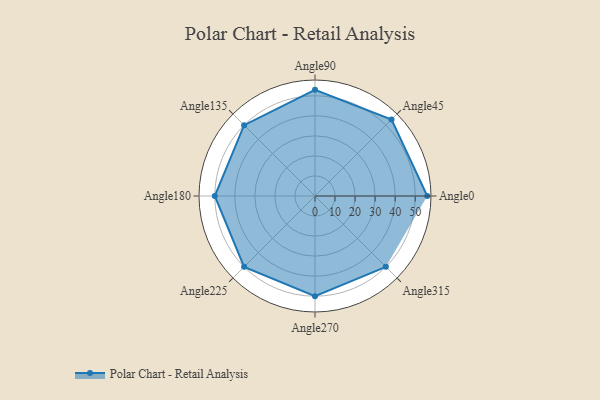
{"axis": {"x": "Angle", "y": "Radius"}, "legend": [""], "data": [{"x": "Angle0", "y": 56.0, "type": ""}, {"x": "Angle45", "y": 54.0, "type": ""}, {"x": "Angle90", "y": 53.0, "type": ""}, {"x": "Angle135", "y": 50, "type": ""}, {"x": "Angle180", "y": 50, "type": ""}, {"x": "Angle225", "y": 50, "type": ""}, {"x": "Angle270", "y": 50, "type": ""}, {"x": "Angle315", "y": 50, "type": ""}]}